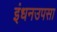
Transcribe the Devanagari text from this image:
इंधनउपसा